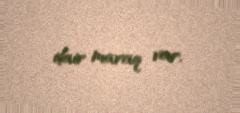
dair maraq var.